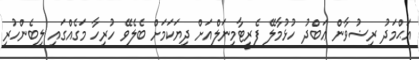
އަޙްމަދު ރިޟުވާން ޢަބްދު ހުޅުމާލޭ ފެރީޓާމިނަލްއަށް ދިޔަކަމަށް ބެލެވޭ ހުރިހާ މަގެއްގައި ލިބެންހުރި